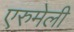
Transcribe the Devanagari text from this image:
एरुमेली